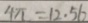
4 \pi = 1 2 . 5 6